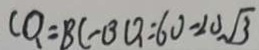
C Q = B C - B Q = 6 0 - 2 0 \sqrt { 3 }